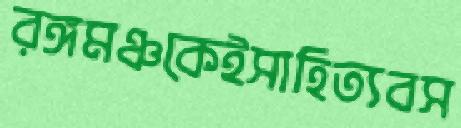
রঙ্গমঞ্চকেইসাহিত্যবস